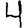
Digit: 4